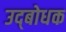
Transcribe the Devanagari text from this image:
उद्‍बोधक